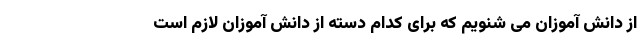
از دانش آموزان می شنویم که برای کدام دسته از دانش آموزان لازم است